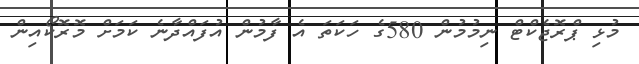
މުޅި ޕްރޮޖެކްޓް ނިމުމުން 580ގެ ހަކަތަ އެ ފާމުން އުފައްދާނެ ކަމަށް މޮރޮކޯއިން